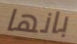
بانها